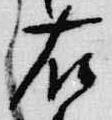
右